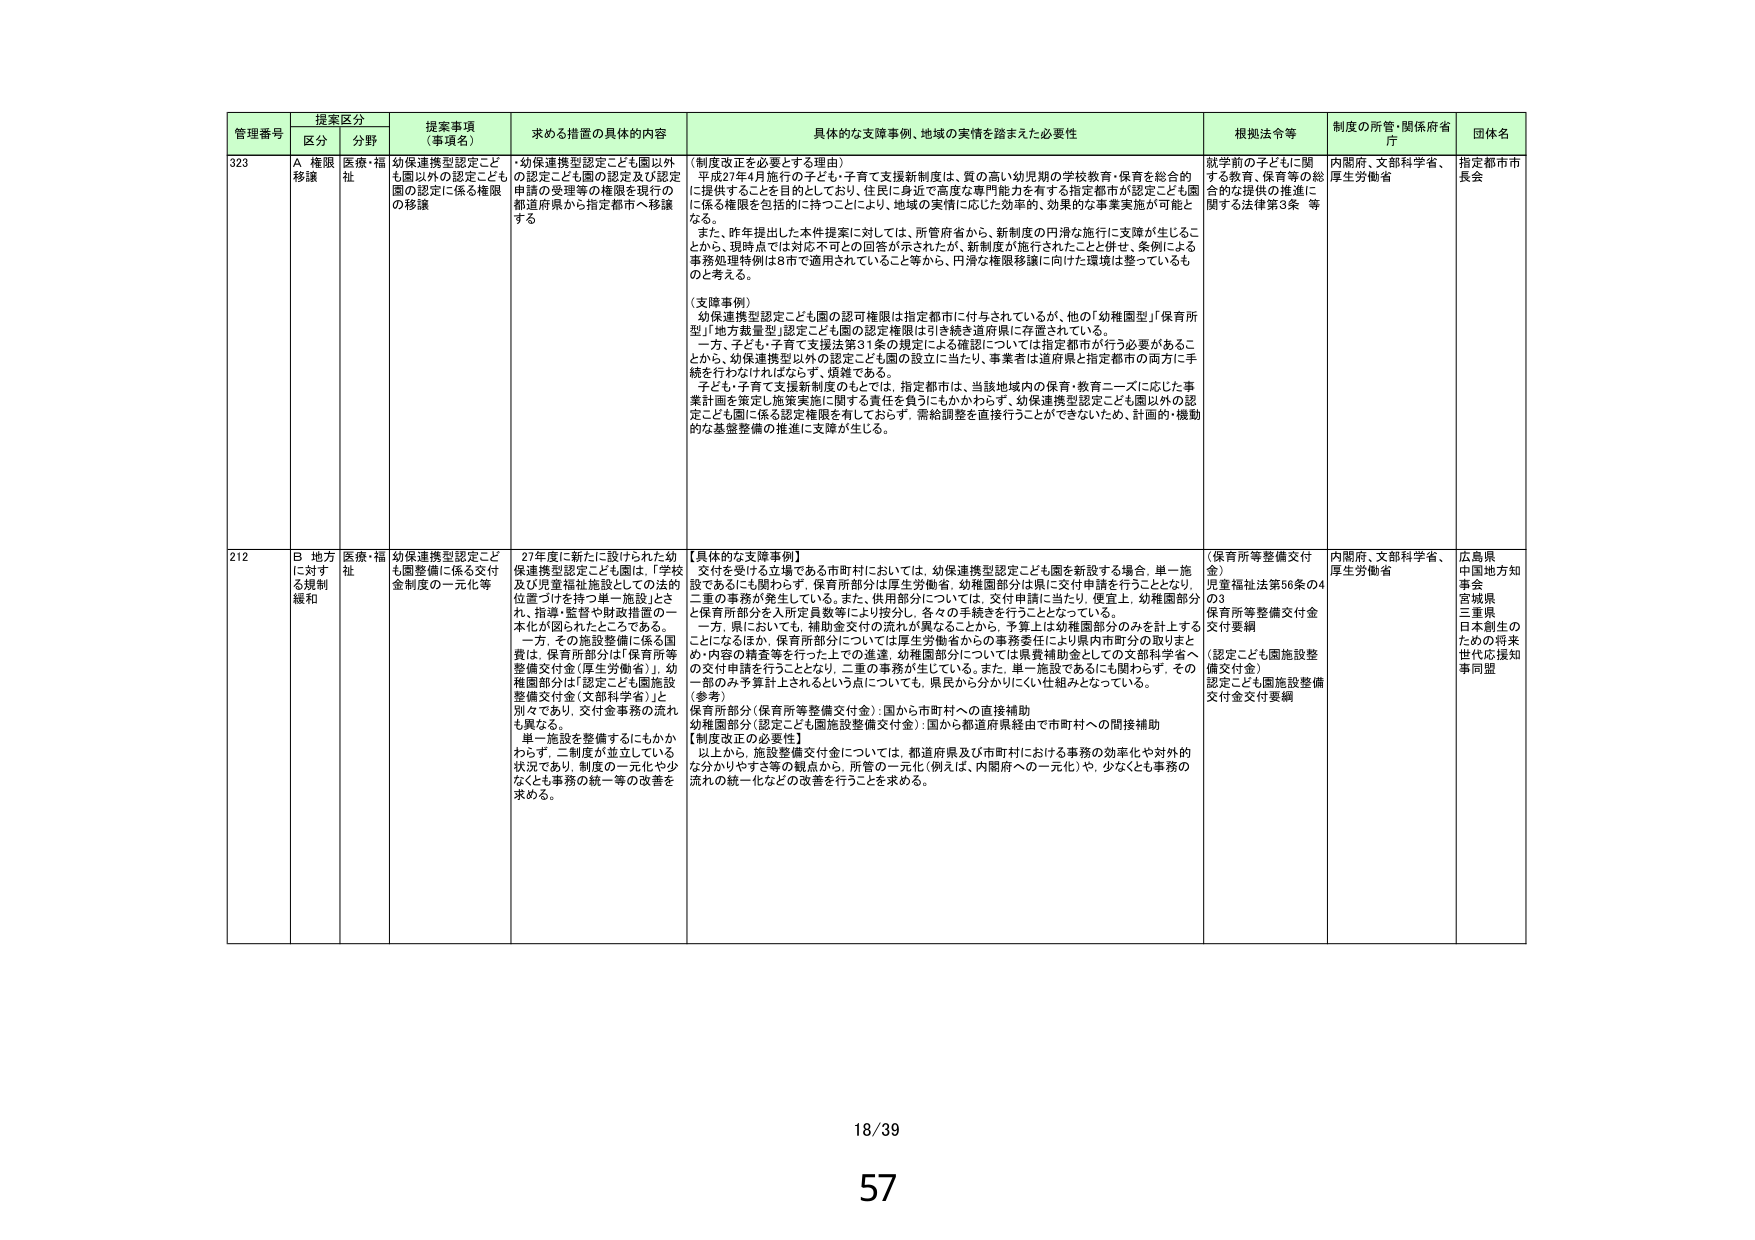
管理番号 提案区分 提案事項（事項名） 求める措置の具体的内容 具体的な支援事例、地域の実情を踏まえた必要性 根拠法令等 制度の所管・関係府省庁 団体名
区分 分野
323 A 権限移譲 医療・福祉 幼保連携型認定こども園以外の認定こども園の認定に係る権限の移譲 ・幼保連携型認定こども園以外の認定こども園の認定及び認定申請の受理等の権限を現行の都道府県から指定都市へ移譲する （制度改正を必要とする理由） 平成27年4月施行の子ども・子育て支援新制度は、質の高い幼児期の学校教育・保育を総合的に提供することを目的としており、住民に身近で高度な専門能力を有する指定都市が認定こども園に係る権限を包括的に持つことにより、地域の実情に応じた効率的、効果的な事業実施が可能となる。 また、昨年提出した本件提案に対しては、所管府省から、新制度の円滑な施行に支障が生じることから、現時点では対応不可との回答が示されたが、新制度が施行されたことと併せ、条例による事務処理特例は8市で適用されていること等から、円滑な権限移譲に向けた環境は整っているものと考える。 （支援事例） 幼保連携型認定こども園の認可権限は指定都市に付与されているが、他の「幼稚園型」「保育所型」「地方裁量型」認定こども園の認定権限は引き続き道府県に存置されている。 一方、子ども・子育て支援法第31条の規定による確認については指定都市が行う必要があることから、幼保連携型以外の認定こども園の設立に当たり、事業者は道府県と指定都市の両方に手続を行わなければならない、煩雑である。 子ども・子育て支援新制度のもとでは、指定都市は、当該地域内の保育・教育ニーズに応じた事業計画を策定し施策実施に関する責任を負うにもかかわらず、幼保連携型認定こども園以外の認定こども園に係る認定権限を有しておらず、需給調整を直接行うことができないため、計画的・機動的な基盤整備の推進に支障が生じる。 就学前の子どもに関する教育、保育等の総合的な提供の推進に関する法律第3条 等 内閣府、文部科学省、厚生労働省 指定都市市長会
212 B 地方に対する規制緩和 医療・福祉 幼保連携型認定こども園整備に係る交付金制度の一元化等 27年度に新たに設けられた幼保連携型認定こども園は、「学校及び児童福祉施設としての法的位置づけを持つ単一施設」とされ、指導・監督や財政措置の一本化が図られたところである。 一方、その施設整備に係る国費は、保育所部分は「保育所等整備交付金（厚生労働省）」、幼稚園部分は「認定こども園施設整備交付金（文部科学省）」と別々であり、交付金事務の流れも異なる。 単一施設を整備するにもかかわらず、二制度が並立している状況であり、制度の一元化や少なくとも事務の統一等の改善を求める。 【具体的な支援事例】 交付を受けた立場である市町村においては、幼保連携型認定こども園を新設する場合、単一施設であるにも関わらず、保育所部分は厚生労働省、幼稚園部分は県に交付申請を行うこととなり、二重の事務が発生している。また、供用部分については、交付申請に当たり、便宜上、幼稚園部分と保育所部分を入所定員数等により按分し、各々の手続を行うこととなっている。 一方、県においても、補助金交付の流れが異なることから、予算上は幼稚園部分のみを計上することになるほか、保育所部分については厚生労働省からの事務委任により県内市町分の取りまとめ・内容の精査等を行った上での達連、幼稚園部分については県費補助金としての文部科学省への交付申請を行うこととなり、二重の事務が生じている。また、単一施設であるにも関わらず、その一部のみ予算計上されるという点についても、県民から分かりにくい仕組みとなっている。 （参考） 保育所部分（保育所等整備交付金）：国から市町村への直接補助 幼稚園部分（認定こども園施設整備交付金）：国から都道府県経由で市町村への間接補助 【制度改正の必要性】 以上から、施設整備交付金については、都道府県及び市町村における事務の効率化や対外的な分かりやすさ等の観点から、所管の一元化（例えば、内閣府への一元化）や、少なくとも事務の流れの統一化などの改善を行うことを求める。 （保育所等整備交付金） 児童福祉法第56条の4の3 保育所等整備交付金交付要綱 （認定こども園施設整備交付金） 認定こども園施設整備交付金交付要綱 内閣府、文部科学省、厚生労働省 広島県 中国地方知事会 宮城県 三重県 日本創生のための将来世代応援知事同盟
18/39
57